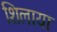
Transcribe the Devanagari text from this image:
शिलायाः